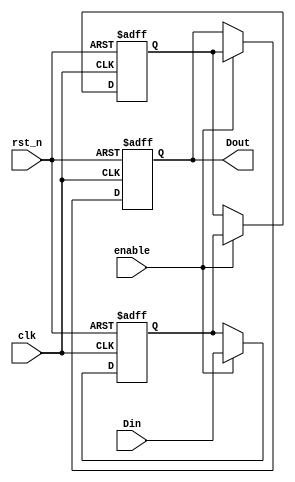
module dual_ff_detector (
    input wire clk,         // Clock signal
    input wire rst_n,      // Active low reset
    input wire enable,      // Enable signal
    input wire Din,        // Input signal to be monitored
    output reg Dout        // Output signal indicating detected pattern
);

// Internal signals for flip-flops
reg ff1, ff2;

// Always block for flip-flop behavior
always @(posedge clk or negedge rst_n) begin
    if (!rst_n) begin
        ff1 <= 1'b0;      // Reset FF1
        ff2 <= 1'b0;      // Reset FF2
        Dout <= 1'b0;     // Reset output
    end else if (enable) begin
        ff1 <= Din;       // Sample input signal on clock edge
        ff2 <= ff1;       // Capture the output of FF1 on the next clock edge
        Dout <= ff2;      // Output the value of FF2
    end
end

endmodule